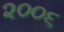
૨૦૦૬